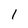
Character: 1